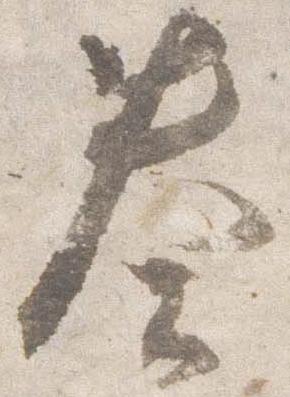
奏